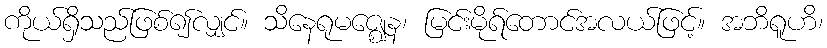
ကိုယ်ရှိသည်ဖြစ်၍လျှင်။ သိနေရုမဇ္ဈေန၊ မြင်းမိုရ်တောင်အလယ်ဖြင့်။ အဘိရူဟိ၊